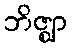
ဘိဇ္ဈာ